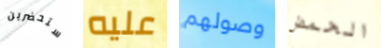
ستحضرين عليه وصولهم الحمض